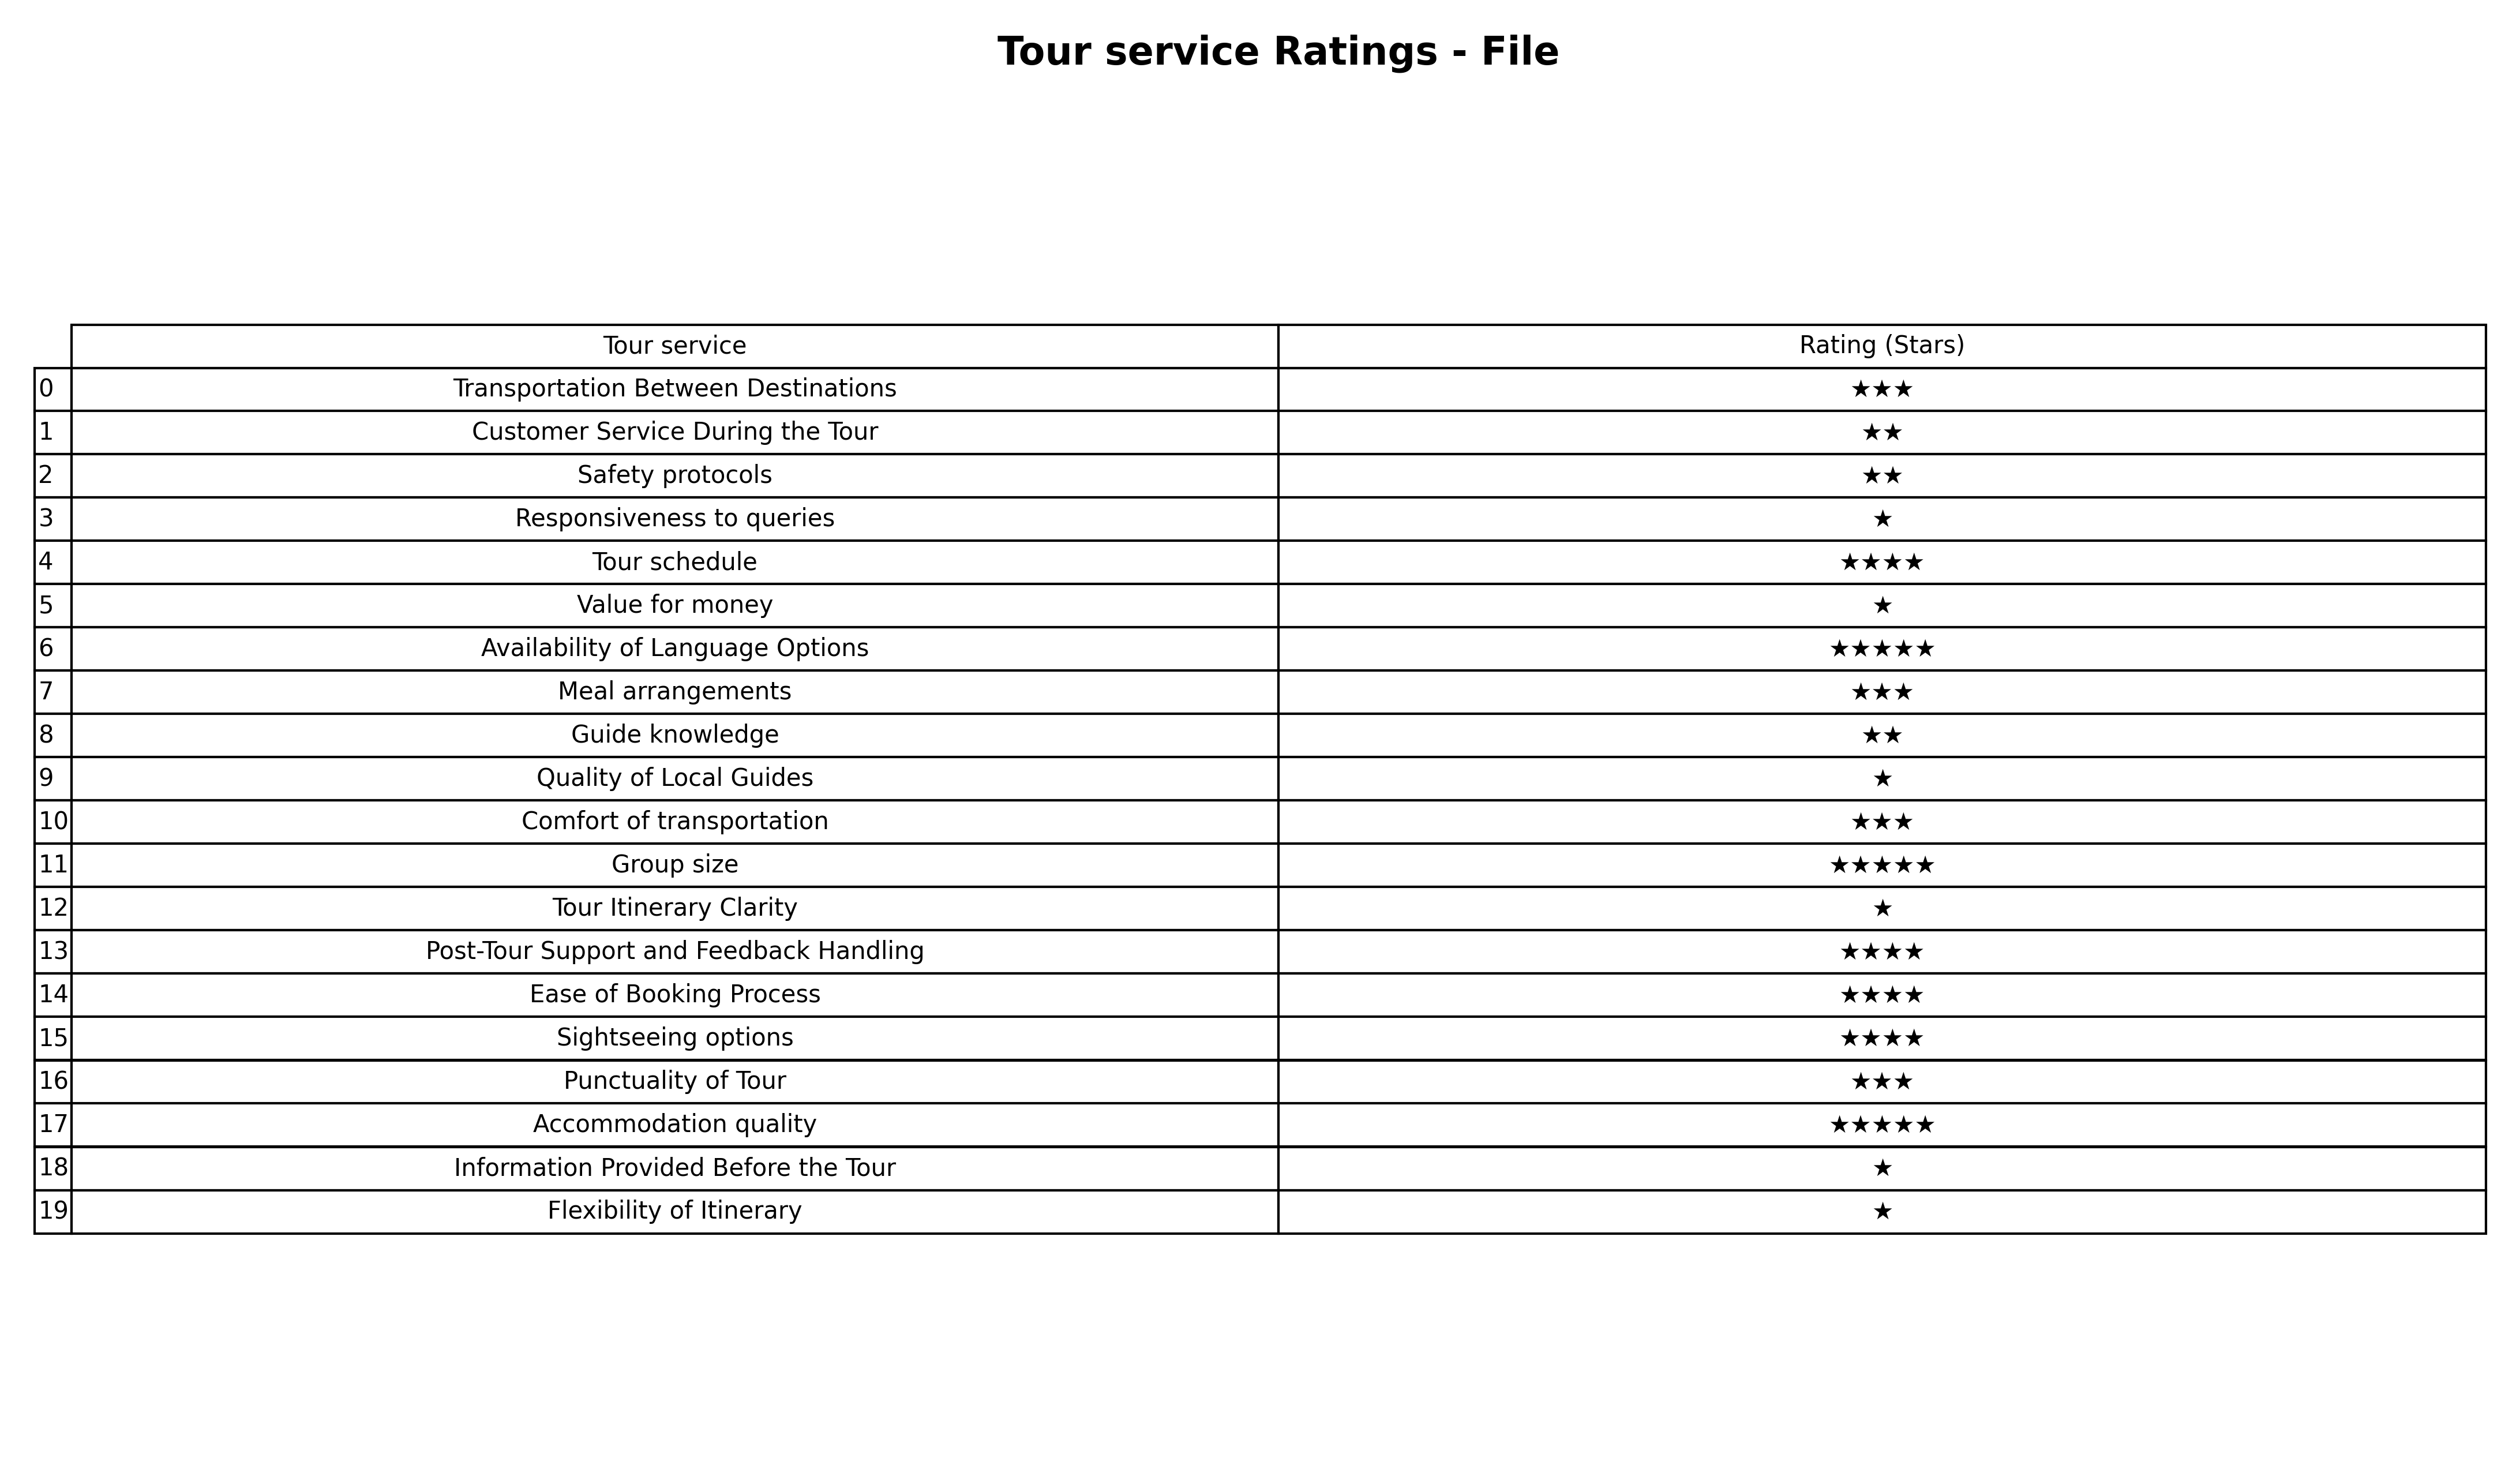
question: What are two star services?
answer: Customer Service During the TourSafety protocolsGuide knowledge